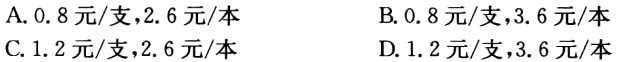
A. 0.8元/支,2.6元/本

B. 0.8元/支,3.6元/本

C. 1.2元/支,2.6元/本

D. 1.2元/支,3.6元/本